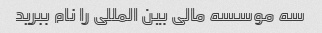
سه موسسه مالی بین المللی را نام ببرید